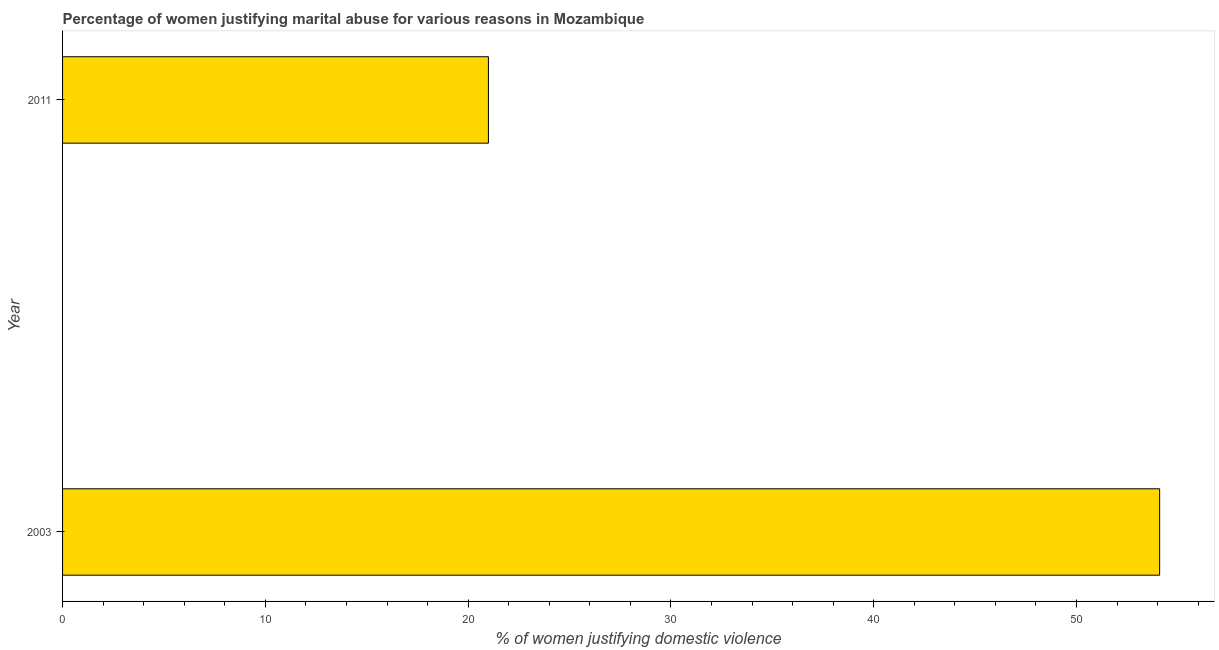
| Year | Physical abuse |
 | --- | --- |
 | 2003 | 54.1 |
 | 2011 | 21 |